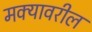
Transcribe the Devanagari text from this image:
मक्यावरील